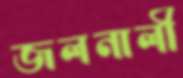
জলনালী